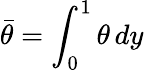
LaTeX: \bar{\theta}=\int_{0}^{1}\theta\, dy